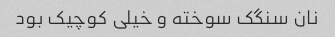
نان سنگک سوخته و خیلی کوچیک بود